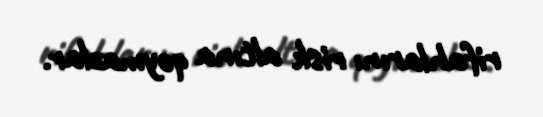
rifahlarını risk altına qoymazlar.